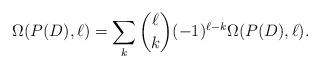
LaTeX: \begin{align*}\Omega(P(D),\ell) &= \sum_k \binom{\ell}{k} (-1)^{\ell-k} \Omega(P(D),\ell).\end{align*}